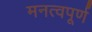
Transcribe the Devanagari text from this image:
मनत्वपूर्ण